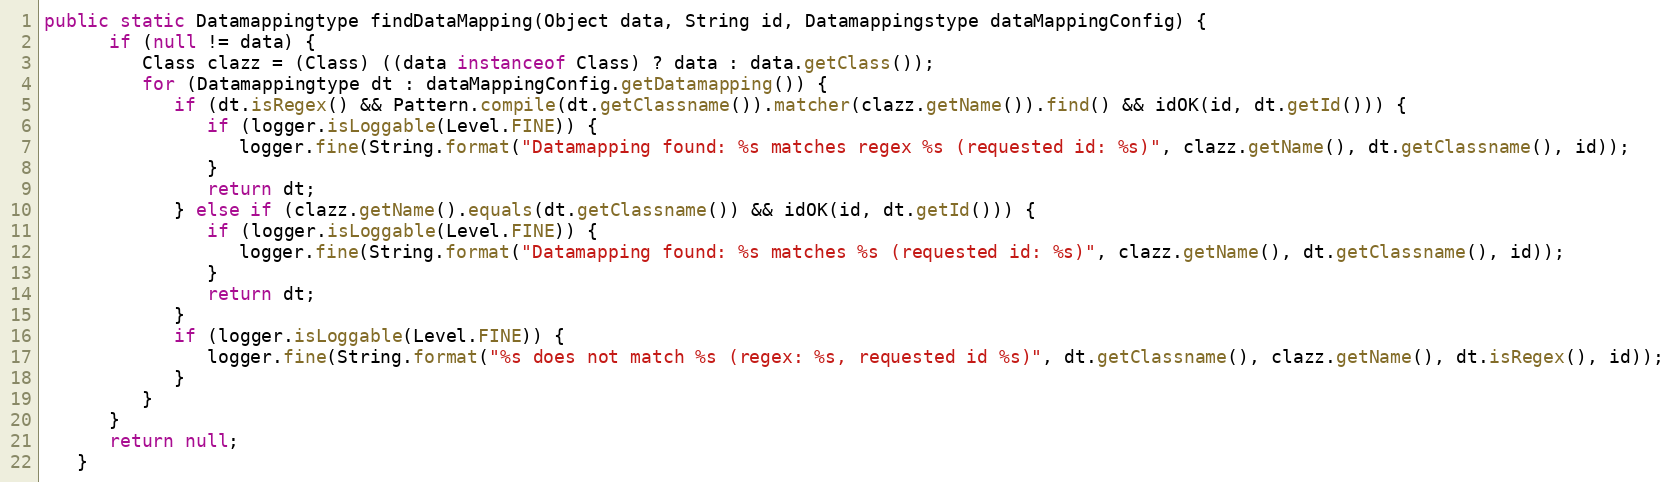
Language: Java
public static Datamappingtype findDataMapping(Object data, String id, Datamappingstype dataMappingConfig) {
      if (null != data) {
         Class clazz = (Class) ((data instanceof Class) ? data : data.getClass());
         for (Datamappingtype dt : dataMappingConfig.getDatamapping()) {
            if (dt.isRegex() && Pattern.compile(dt.getClassname()).matcher(clazz.getName()).find() && idOK(id, dt.getId())) {
               if (logger.isLoggable(Level.FINE)) {
                  logger.fine(String.format("Datamapping found: %s matches regex %s (requested id: %s)", clazz.getName(), dt.getClassname(), id));
               }
               return dt;
            } else if (clazz.getName().equals(dt.getClassname()) && idOK(id, dt.getId())) {
               if (logger.isLoggable(Level.FINE)) {
                  logger.fine(String.format("Datamapping found: %s matches %s (requested id: %s)", clazz.getName(), dt.getClassname(), id));
               }
               return dt;
            }
            if (logger.isLoggable(Level.FINE)) {
               logger.fine(String.format("%s does not match %s (regex: %s, requested id %s)", dt.getClassname(), clazz.getName(), dt.isRegex(), id));
            }
         }
      }
      return null;
   }